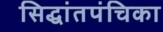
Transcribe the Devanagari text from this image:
सिद्धांतपंचिका